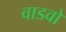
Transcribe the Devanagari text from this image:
वाडवो